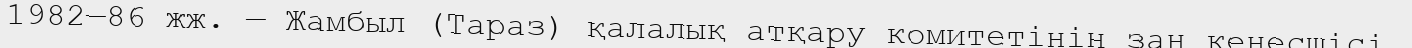
1982—86 жж. — Жамбыл (Тараз) қалалық атқару комитетінің заң кеңесшісі.